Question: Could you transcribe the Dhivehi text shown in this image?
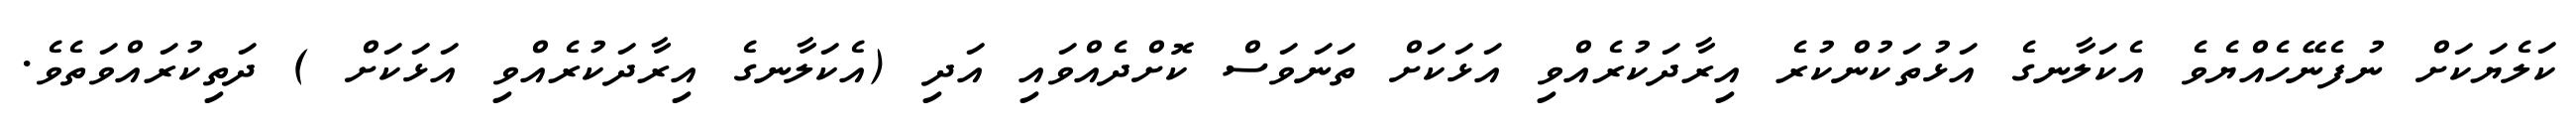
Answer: ކަލެޔަކަށް ނުފެނޭހެއްޔެވެ އެކަލާނގެ އަޅުތަކުންކުރެ އިރާދަކުރެއްވި އަޅަކަށް ތަނަވަސް ކޮށްދެއްވައި އަދި (އެކަލާނގެ އިރާދަކުރެއްވި އަޅަކަށް ) ދަތިކުރައްވަތެވެ.